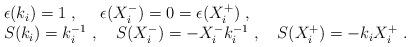
LaTeX: \begin{align*}\begin{array}{l}\epsilon(k_i)=1~,~~~~ \epsilon(X^-_i)=0=\epsilon(X^+_i)~,\\S(k_i)=k_i^{-1}~,~~~S(X^-_i)=-X^-_ik_i^{-1}~,~~~S(X^+_i) = -k_iX^+_i~.\end{array}\end{align*}